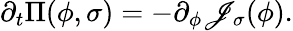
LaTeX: \partial_{t}\Pi(\phi,\sigma)=-\partial_{\phi}\mathscr{J}_{\sigma}(\phi).